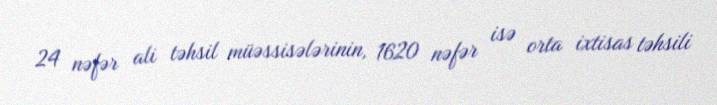
24 nəfər ali təhsil müəssisələrinin, 1620 nəfər isə orta ixtisas təhsili